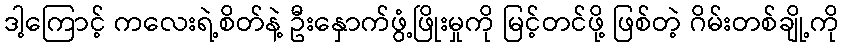
ဒါ့ကြောင့် ကလေးရဲ့စိတ်နဲ့ ဦးနှောက်ဖွံ့ဖြိုးမှုကို မြင့်တင်ဖို့ ဖြစ်တဲ့ ဂိမ်းတစ်ချို့ကို